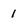
Character: 1